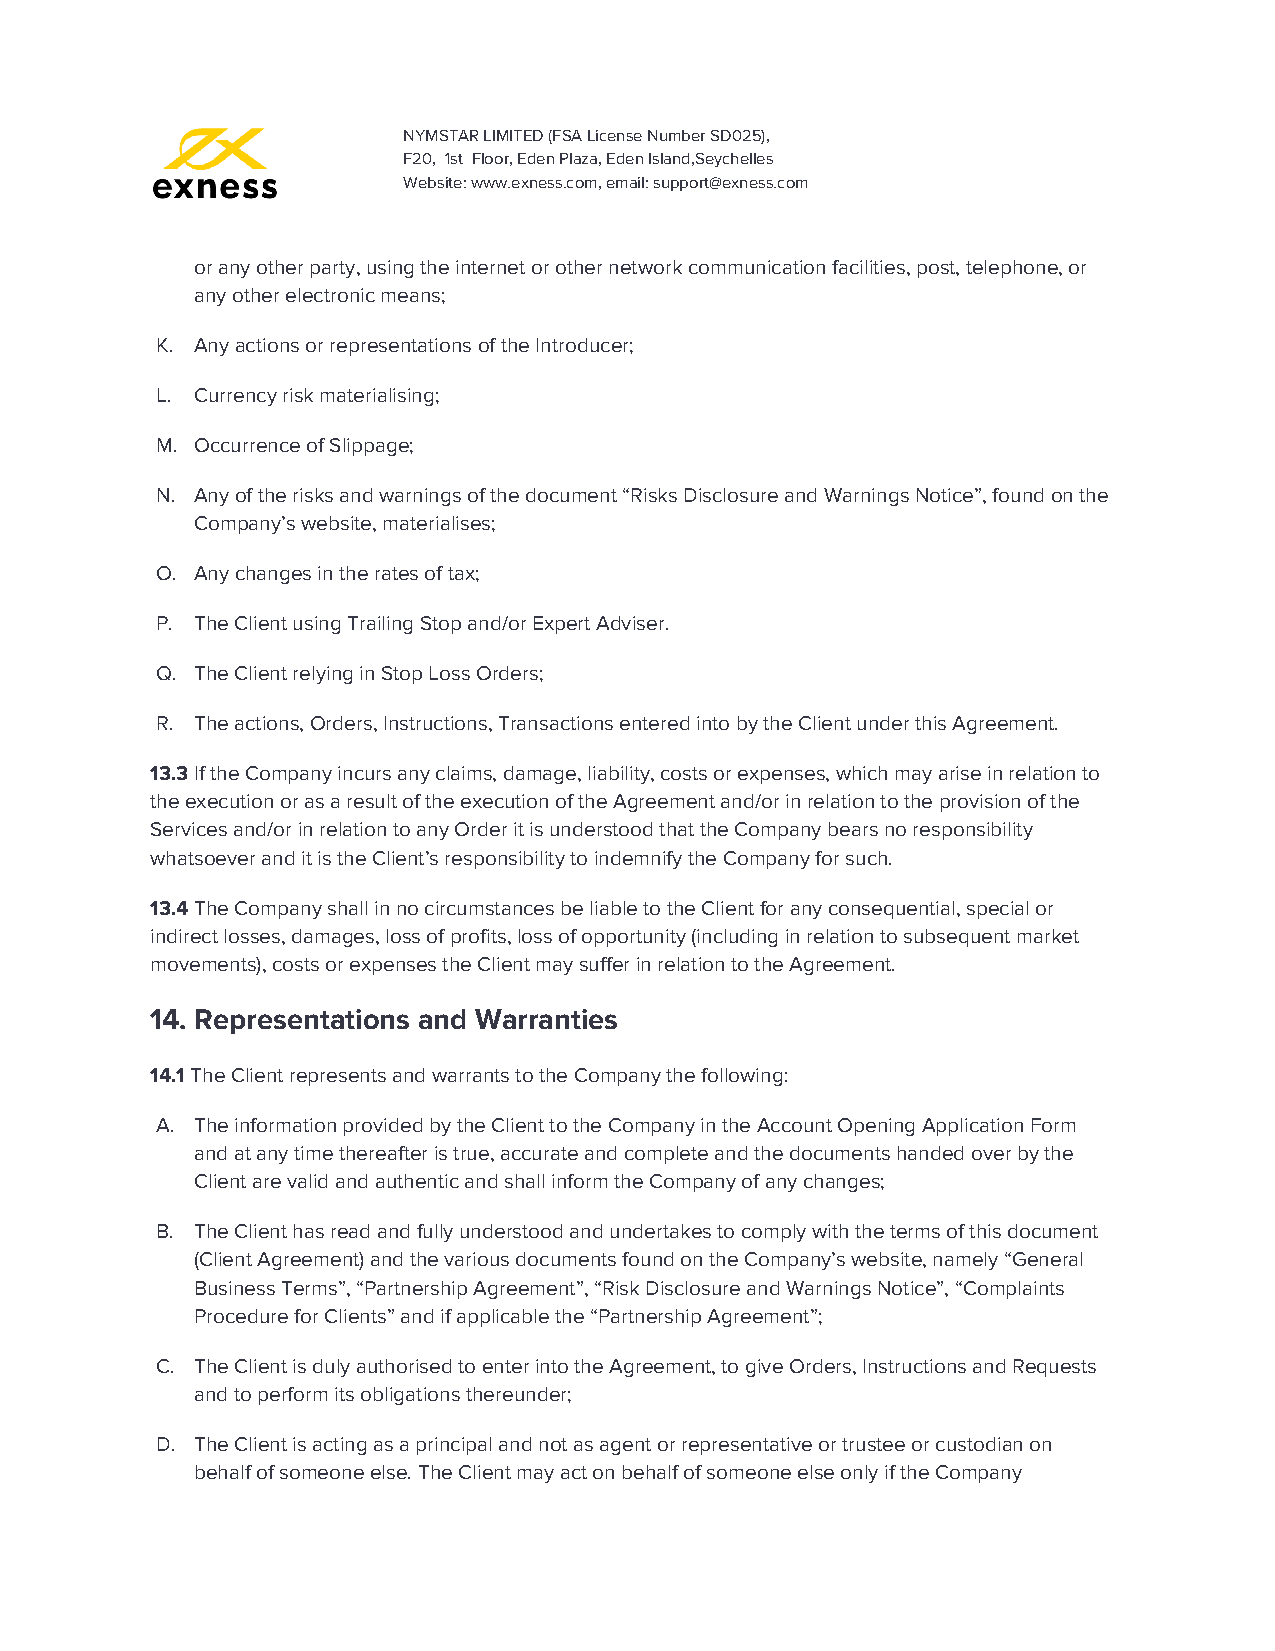
NYMSTAR LIMITED (FSA License Number SD025),
 F20, 1st Floor, Eden Plaza, Eden Island,Seychelles
 Website: www.exness.com, email: support@exness.com
 or any other party, using the internet or other network communication facilities, post, telephone, or
 any other electronic means;
 K. Any actions or representations of the Introducer;
 L. Currency risk materialising;
 M. Occurrence of Slippage;
 N. Any of the risks and warnings of the document “Risks Disclosure and Warnings Notice”, found on the
 Company’s website, materialises;
 O. Any changes in the rates of tax;
 P. The Client using Trailing Stop and/or Expert Adviser.
 Q. The Client relying in Stop Loss Orders;
 R. The actions, Orders, Instructions, Transactions entered into by the Client under this Agreement.
 13.3 If the Company incurs any claims, damage, liability, costs or expenses, which may arise in relation to
 ​
 the execution or as a result of the execution of the Agreement and/or in relation to the provision of the
 Services and/or in relation to any Order it is understood that the Company bears no responsibility
 whatsoever and it is the Client’s responsibility to indemnify the Company for such.
 13.4 The Company shall in no circumstances be liable to the Client for any consequential, special or
 ​
 indirect losses, damages, loss of profits, loss of opportunity (including in relation to subsequent market
 movements), costs or expenses the Client may suffer in relation to the Agreement.
 14. Representations and Warranties
 14.1 The Client represents and warrants to the Company the following:
 ​
 A. The information provided by the Client to the Company in the Account Opening Application Form
 and at any time thereafter is true, accurate and complete and the documents handed over by the
 Client are valid and authentic and shall inform the Company of any changes;
 B. The Client has read and fully understood and undertakes to comply with the terms of this document
 (Client Agreement) and the various documents found on the Company’s website, namely “General
 Business Terms”, “Partnership Agreement”, “Risk Disclosure and Warnings Notice”, “Complaints
 Procedure for Clients” and if applicable the “Partnership Agreement”;
 C. The Client is duly authorised to enter into the Agreement, to give Orders, Instructions and Requests
 and to perform its obligations thereunder;
 D. The Client is acting as a principal and not as agent or representative or trustee or custodian on
 behalf of someone else. The Client may act on behalf of someone else only if the Company